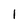
Character: l